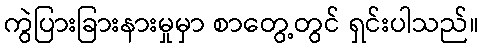
ကွဲပြားခြားနားမှုမှာ စာတွေ့တွင် ရှင်းပါသည်။